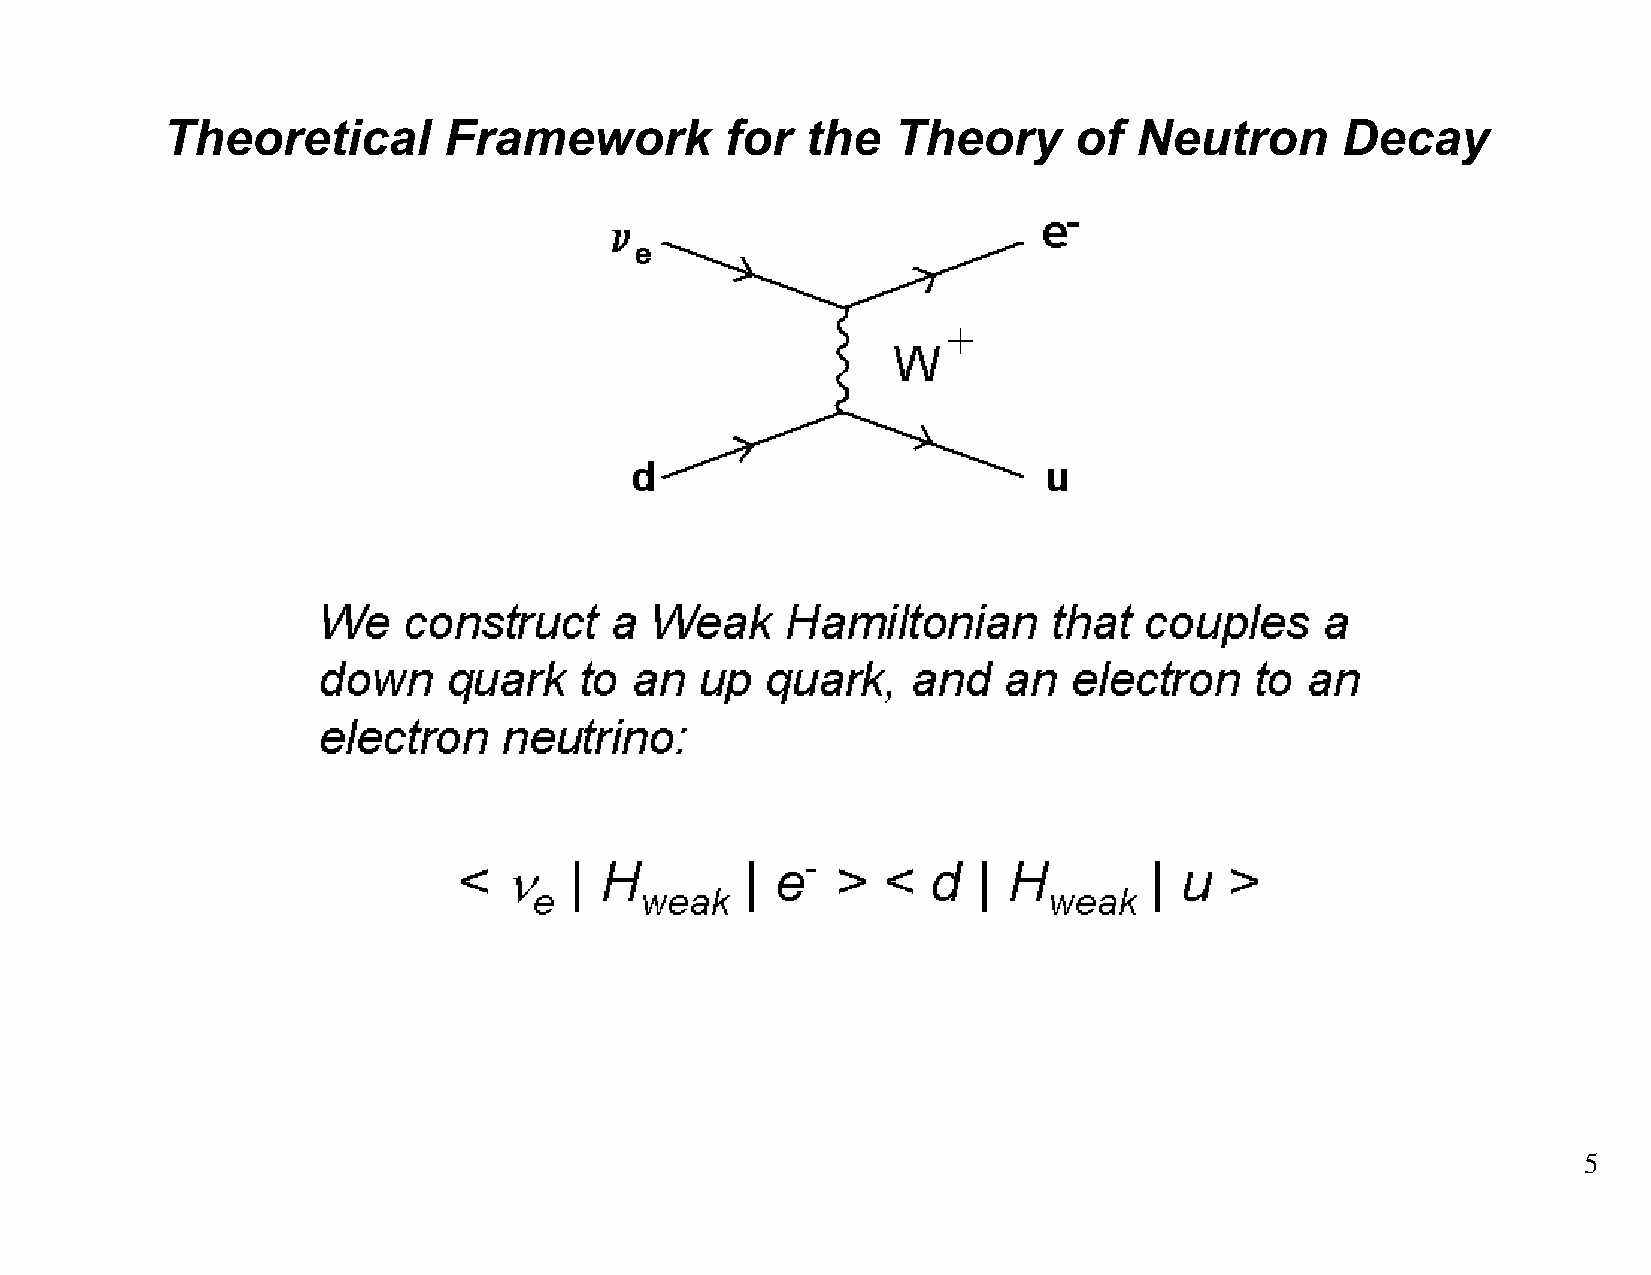
Theoretical       Framework          for  the   Theory      of  Neutron       Decay
 5